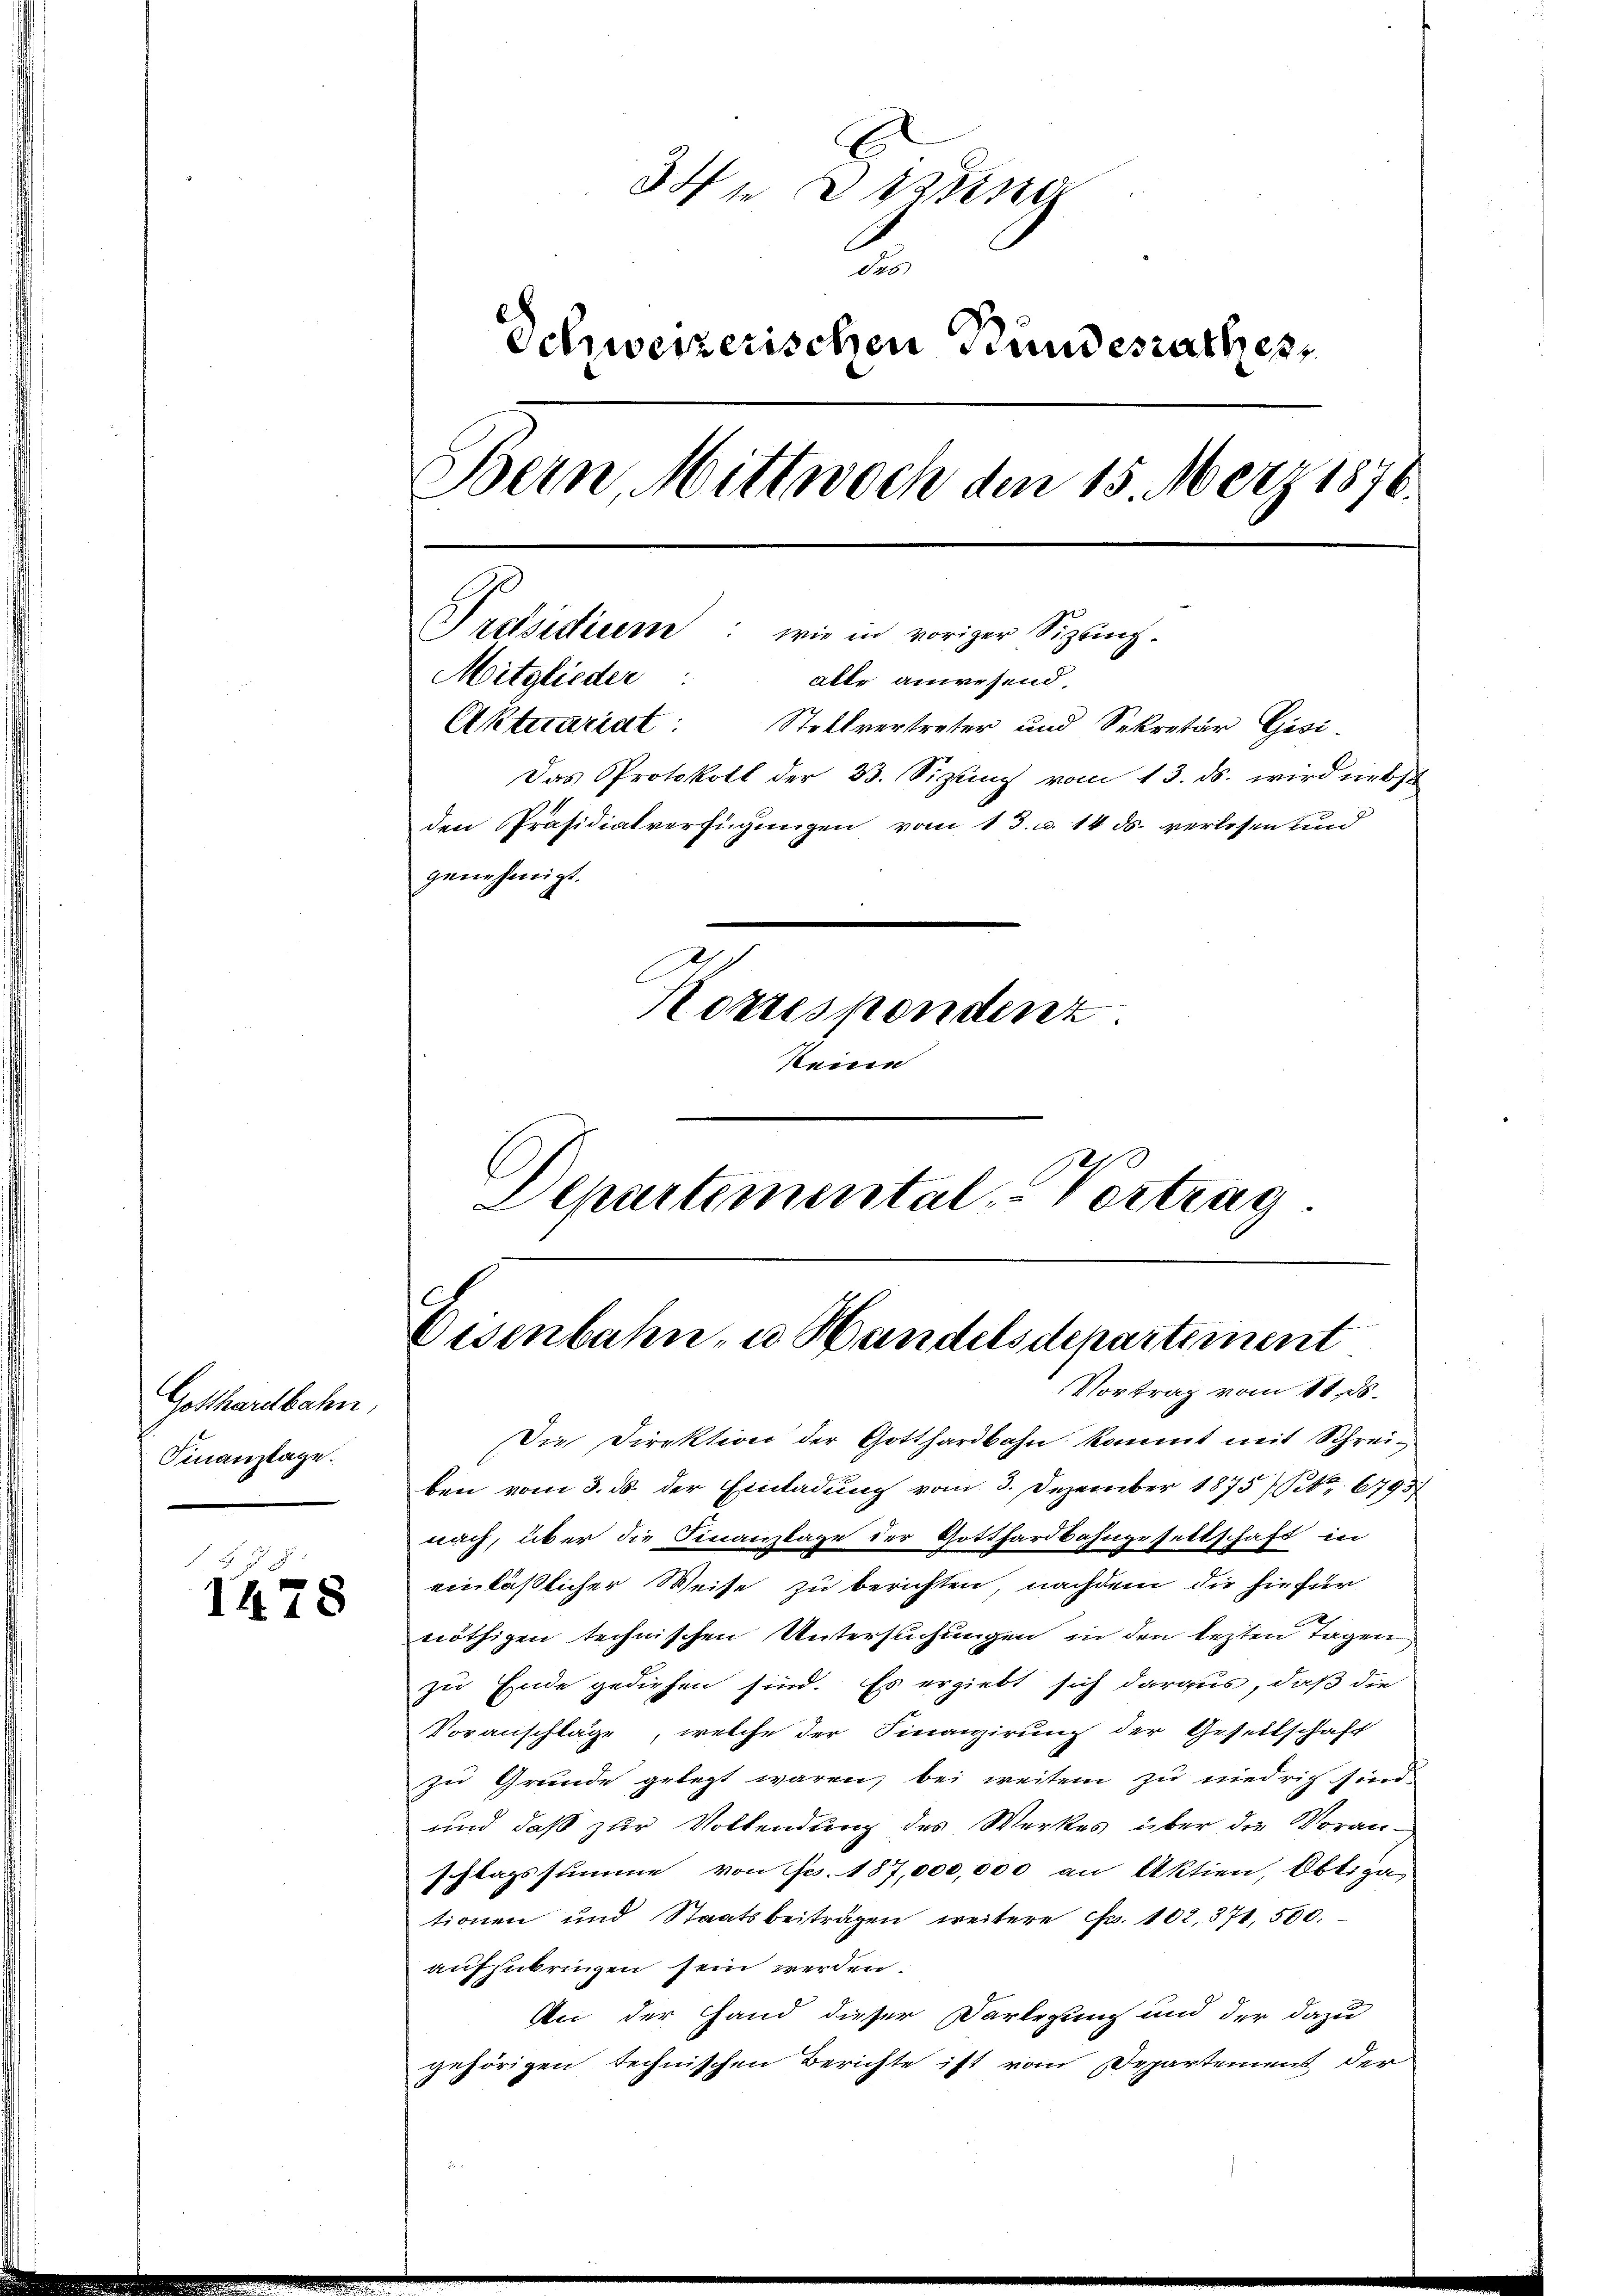
Gotthardbahn,
Finanztage.

1478

34 Dizung
t
Schweizerischen Bundesrathes,
Bern, Mittwoch den 15. März 1870.
Präsidium: wie in voriger Sizenz-
Mitglieder alle anwesend.
Aktuariat: Stellverstreter und Sekretär Gisi¬
Das Protokoll der 33. Sizling vom 13. ds. wird nebst
den Präsidialverfügungen vom 13. u. 14 ds. verlesen und
genehmigt.
Korrespondenz.
kein
Departemental Vortrag.

Oisenbahn, u. Handelsdepartement
Vortrag vom 11. ds.

Die Direktion der Gotthardbahn kommt mit Schreiben vom 3. ds der Einladung vom 3. Dezember 1875) S. 6793
nach, über die Finanzlage der Gotthardbahngesettschaft in
einläßlicher Weise zu berichten nachdem die hiefür
nöthigen technischen Untersuchungen in den lezten Tagen
zu Ende gediesen sind. Es ergiebt sich daraus, daß die
Voranschläge, welche der Finanzierung der Gesellschaft
zu Grunde gelegt waren, bei weitem zu niedrig sind
und daß zur Vollendung des Werkes über die Voranschlagssumme von Fr. 187,000,000 an Aktien, Obliga
tionen und Staatsbeiträgen weitere Fr. 102, 371, 500.
aufzubringen sein werden.
An der Hand dieser Verlegung und der dazu
gehörigen technischen Berichte ist vom Departement der